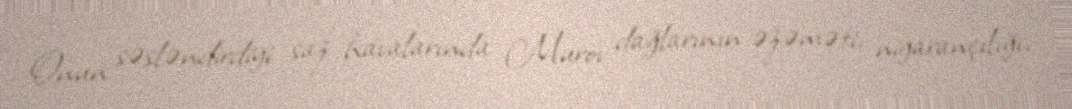
Onun səsləndirdiyi saz havalarında Murov dağlarının əzəməti, nigarançılığı,